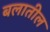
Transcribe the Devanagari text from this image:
बलातील